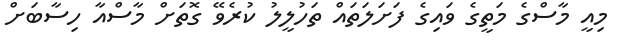
މިއީ މާސްގެ މަތީގެ ވައިގެ ފަށަލަތައް ތަހުލީލު ކުރެވޭ ގޮތަށް މާސްއާ ހިސާބަށް